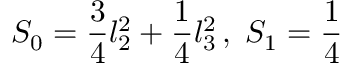
S _ { 0 } = \frac { 3 } { 4 } l _ { 2 } ^ { 2 } + \frac { 1 } { 4 } l _ { 3 } ^ { 2 } \, , \; S _ { 1 } = \frac { 1 } { 4 }